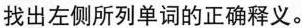
找出左侧所列单词的正确释义。